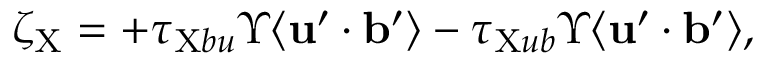
\zeta _ { \mathrm { { X } } } = + \tau _ { \mathrm { { X } } b u } \Upsilon \langle { { \bf { u } } ^ { \prime } \cdot { \bf { b } } ^ { \prime } } \rangle - \tau _ { \mathrm { { X } } u b } \Upsilon \langle { { \bf { u } } ^ { \prime } \cdot { \bf { b } } ^ { \prime } } \rangle ,